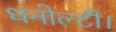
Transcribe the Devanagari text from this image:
धनोल्टी।